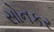
સોનકર